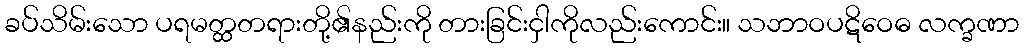
ခပ်သိမ်းသော ပရမတ္ထတရားတို့၏နည်းကို တားခြင်းငှါကိုလည်းကောင်း။ သဘာဝပဋိဝေဓ လက္ခဏာ